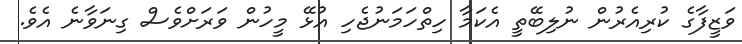
ވަޒީފާގެ ކުރިއެރުން ނުލިބޭތީ އެކަމާ ހިތްހަމަނުޖެހި އުޅޭ މީހުން ވަރަށްވެސް ގިނަވާނެ އެވެ.